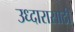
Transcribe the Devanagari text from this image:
उध्दारासाठी